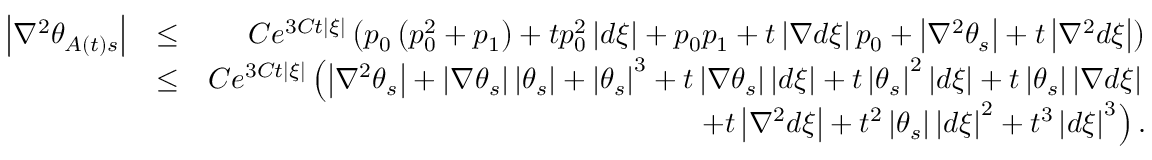
\begin{array} { r l r } { \left\vert \nabla ^ { 2 } \theta _ { A \left( t \right) s } \right\vert } & { \leq } & { C e ^ { 3 C t \left\vert \xi \right\vert } \left( p _ { 0 } \left( p _ { 0 } ^ { 2 } + p _ { 1 } \right) + t p _ { 0 } ^ { 2 } \left\vert d \xi \right\vert + p _ { 0 } p _ { 1 } + t \left\vert \nabla d \xi \right\vert p _ { 0 } + \left\vert \nabla ^ { 2 } \theta _ { s } \right\vert + t \left\vert \nabla ^ { 2 } d \xi \right\vert \right) } \\ & { \leq } & { C e ^ { 3 C t \left\vert \xi \right\vert } \left( \left\vert \nabla ^ { 2 } \theta _ { s } \right\vert + \left\vert \nabla \theta _ { s } \right\vert \left\vert \theta _ { s } \right\vert + \left\vert \theta _ { s } \right\vert ^ { 3 } + t \left\vert \nabla \theta _ { s } \right\vert \left\vert d \xi \right\vert + t \left\vert \theta _ { s } \right\vert ^ { 2 } \left\vert d \xi \right\vert + t \left\vert \theta _ { s } \right\vert \left\vert \nabla d \xi \right\vert \right. } \\ & { } & { \left. + t \left\vert \nabla ^ { 2 } d \xi \right\vert + t ^ { 2 } \left\vert \theta _ { s } \right\vert \left\vert d \xi \right\vert ^ { 2 } + t ^ { 3 } \left\vert d \xi \right\vert ^ { 3 } \right) . } \end{array}